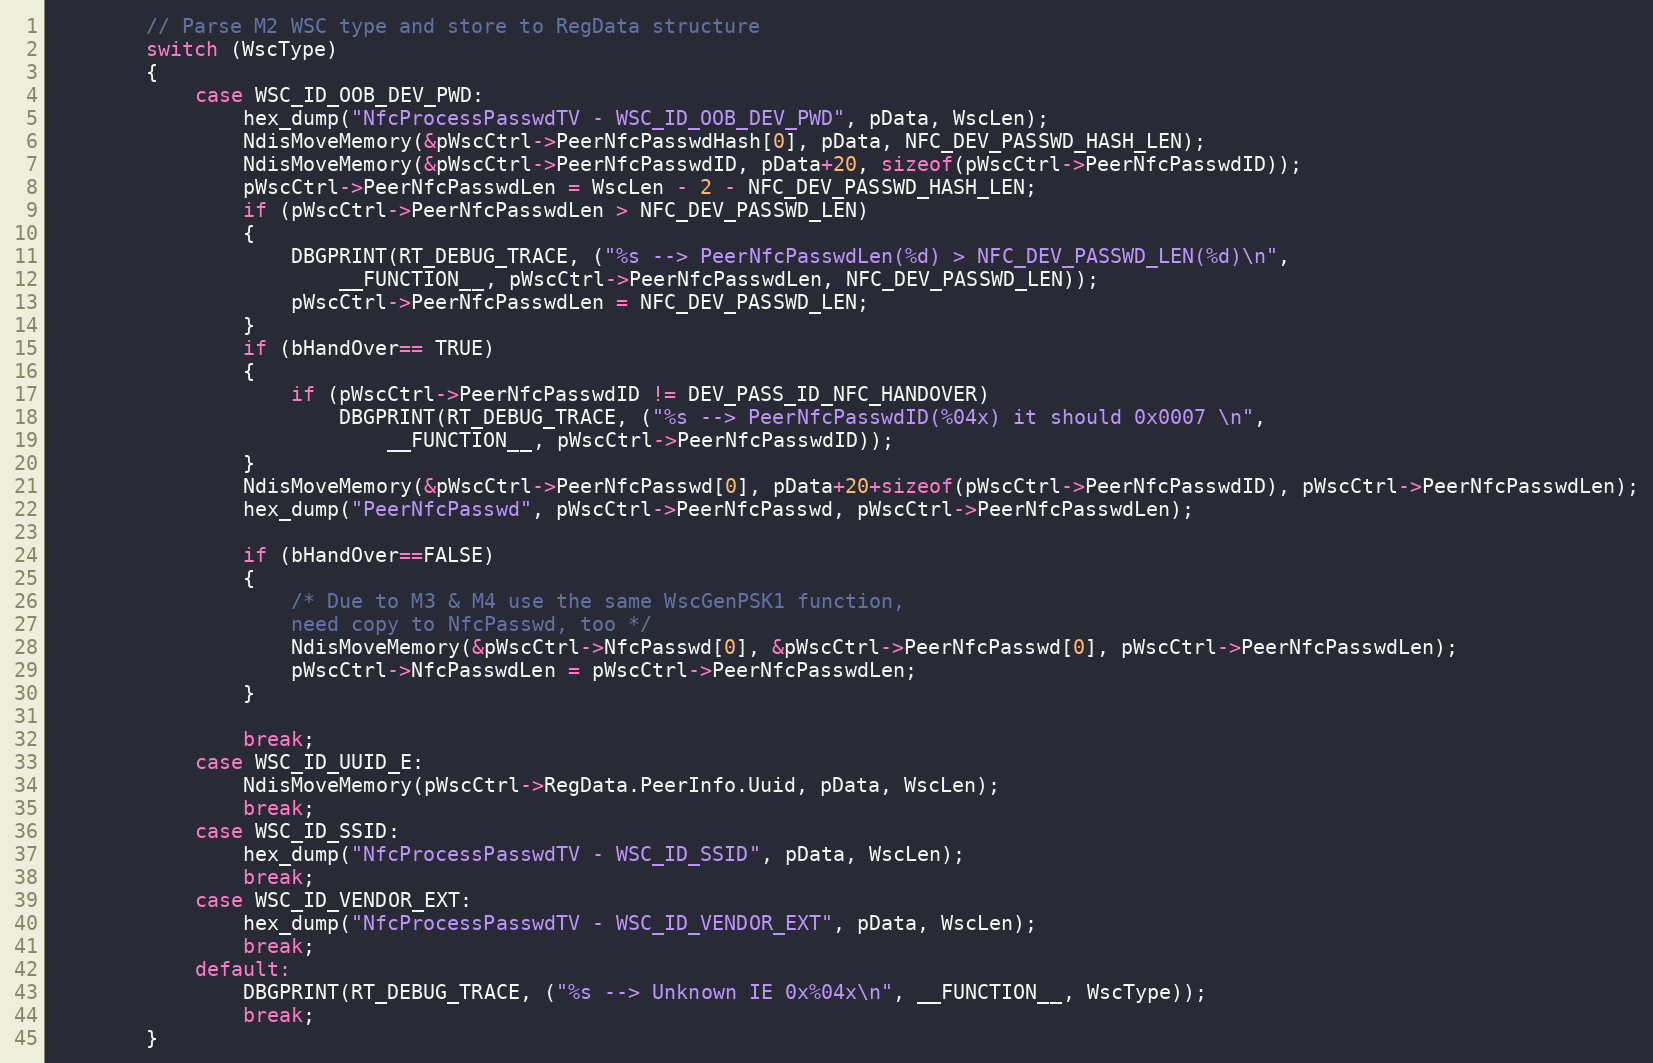
Language: C
		// Parse M2 WSC type and store to RegData structure
		switch (WscType)
		{
			case WSC_ID_OOB_DEV_PWD:
				hex_dump("NfcProcessPasswdTV - WSC_ID_OOB_DEV_PWD", pData, WscLen);
				NdisMoveMemory(&pWscCtrl->PeerNfcPasswdHash[0], pData, NFC_DEV_PASSWD_HASH_LEN);
				NdisMoveMemory(&pWscCtrl->PeerNfcPasswdID, pData+20, sizeof(pWscCtrl->PeerNfcPasswdID));
				pWscCtrl->PeerNfcPasswdLen = WscLen - 2 - NFC_DEV_PASSWD_HASH_LEN;
				if (pWscCtrl->PeerNfcPasswdLen > NFC_DEV_PASSWD_LEN)
				{
					DBGPRINT(RT_DEBUG_TRACE, ("%s --> PeerNfcPasswdLen(%d) > NFC_DEV_PASSWD_LEN(%d)\n",
						__FUNCTION__, pWscCtrl->PeerNfcPasswdLen, NFC_DEV_PASSWD_LEN));
					pWscCtrl->PeerNfcPasswdLen = NFC_DEV_PASSWD_LEN;
				}
				if (bHandOver== TRUE)
				{
					if (pWscCtrl->PeerNfcPasswdID != DEV_PASS_ID_NFC_HANDOVER)
						DBGPRINT(RT_DEBUG_TRACE, ("%s --> PeerNfcPasswdID(%04x) it should 0x0007 \n",
							__FUNCTION__, pWscCtrl->PeerNfcPasswdID));
				}
				NdisMoveMemory(&pWscCtrl->PeerNfcPasswd[0], pData+20+sizeof(pWscCtrl->PeerNfcPasswdID), pWscCtrl->PeerNfcPasswdLen);
				hex_dump("PeerNfcPasswd", pWscCtrl->PeerNfcPasswd, pWscCtrl->PeerNfcPasswdLen);

				if (bHandOver==FALSE)
				{
					/* Due to M3 & M4 use the same WscGenPSK1 function,
					need copy to NfcPasswd, too */
					NdisMoveMemory(&pWscCtrl->NfcPasswd[0], &pWscCtrl->PeerNfcPasswd[0], pWscCtrl->PeerNfcPasswdLen);
					pWscCtrl->NfcPasswdLen = pWscCtrl->PeerNfcPasswdLen;
				}

				break;
			case WSC_ID_UUID_E:
				NdisMoveMemory(pWscCtrl->RegData.PeerInfo.Uuid, pData, WscLen);
				break;
			case WSC_ID_SSID:
				hex_dump("NfcProcessPasswdTV - WSC_ID_SSID", pData, WscLen);
				break;
			case WSC_ID_VENDOR_EXT:
				hex_dump("NfcProcessPasswdTV - WSC_ID_VENDOR_EXT", pData, WscLen);
				break;
			default:
				DBGPRINT(RT_DEBUG_TRACE, ("%s --> Unknown IE 0x%04x\n", __FUNCTION__, WscType));
				break;
		}